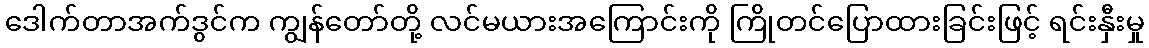
ဒေါက်တာအက်ဒွင်က ကျွန်တော်တို့ လင်မယားအကြောင်းကို ကြိုတင်ပြောထားခြင်းဖြင့် ရင်းနှီးမှု